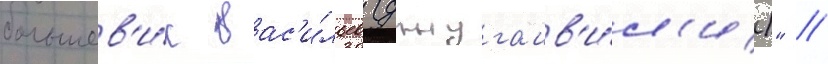
большев'и́к вас'и́льев (джугашв'и́л'и)" //